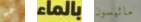
حميم بالماء ماثيسون